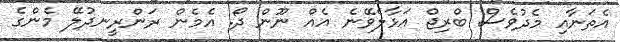
އެތަނާއި މެދުވެސް ބްރިޖް އަޅާލެވޭނެ އެއް ނޫން ދޯ. އެމެން ރަންރީނދުލޭ މެންގެ